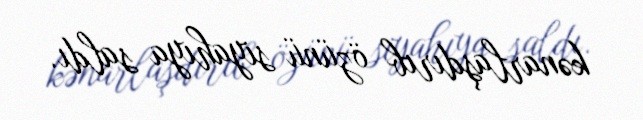
kənarlaşdırıb özünü siyahıya saldı.